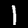
Label: 1